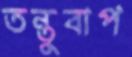
তন্তুবাপ